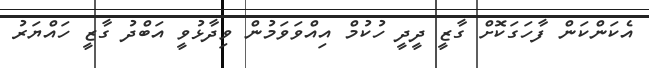
އެކަންކަން ފާހަގަކޮށް ގާޒީ ދީދީ ހުކުމް އިއްވަވަމުން ވިދާޅުވީ އަބްދު ގާޒީ ހައްޔަރު